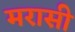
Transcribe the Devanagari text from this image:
मरासी